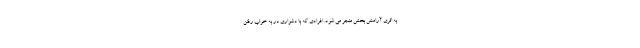
به اثری آرامش بخش منجر می شود. افرادی که با دشواری در به خواب رفتن